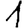
Digit: 1